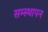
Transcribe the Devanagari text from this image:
सम्स्थापन